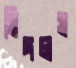
সিঙ্গলস